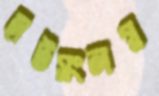
হাটসংলগ্ন